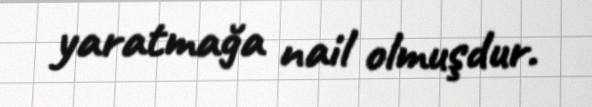
yaratmağa nail olmuşdur.